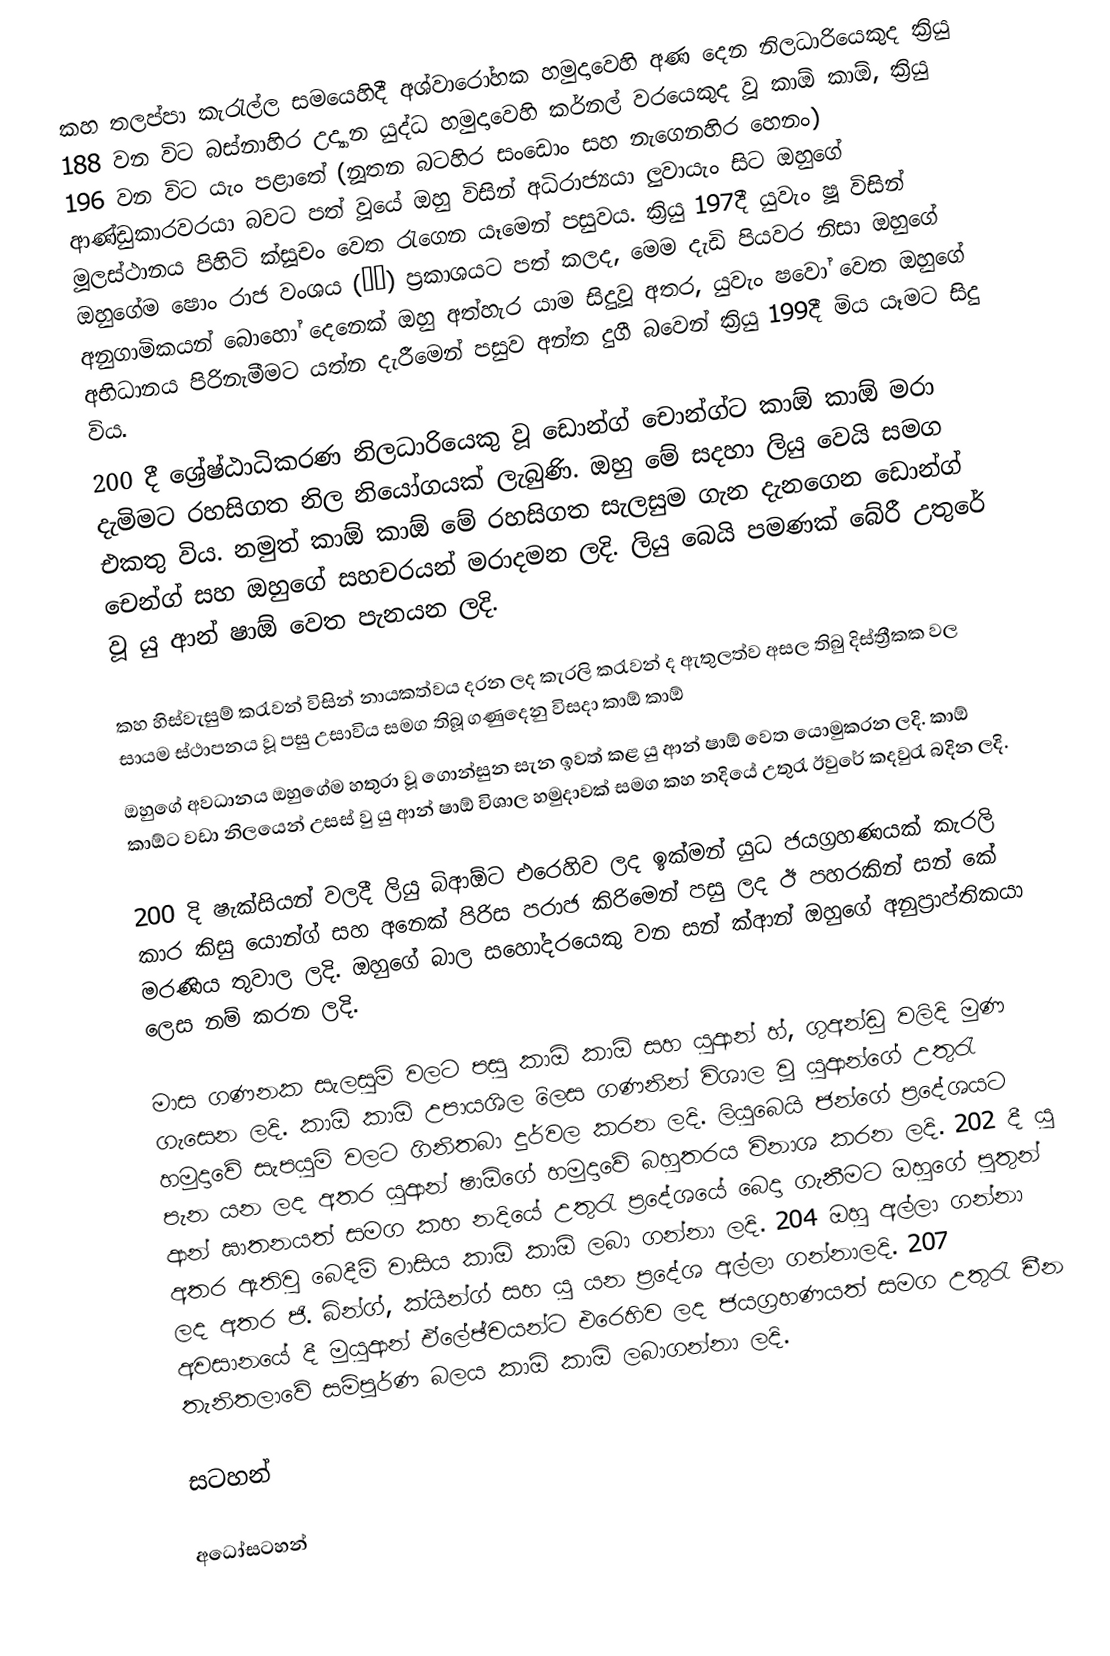
කහ තලප්පා කැරැල්ල සමයෙහිදී අශ්වාරෝහක හමුදාවෙහි අණ දෙන නිලධාරියෙකුද ක්‍රියු 188 වන විට බස්නාහිර උද්‍යාන යුද්ධ හමුදාවෙහි කර්නල් වරයෙකුද වූ කාඕ කාඕ, ක්‍රියු 196 වන විට යැං පළාතේ (නූතන බටහිර සංඩොං සහ නැගෙනහිර හෙනං) ආණ්ඩුකාරවරයා බවට පත් වූයේ ඔහු විසින් අධිරාජ්‍යයා ලුවායැං සිට ඔහුගේ මූලස්ථානය පිහිටි ක්සූචං වෙත රැගෙන යෑමෙන් පසුවය. ක්‍රියු 197දී යුවැං ෂූ විසින් ඔහුගේම ෂොං රාජ වංශය (仲朝) ප්‍රකාශයට පත් කලද, මෙම දැඩි පියවර නිසා ඔහුගේ අනුගාමිකයන් බොහෝ දෙනෙක් ඔහු අත්හැර යාම සිදුවූ අතර, යුවැං ෂවෝ වෙත ඔහුගේ අභිධානය පිරිනැමීමට යත්න දැරීමෙන් පසුව අන්ත දුගී බවෙන් ක්‍රියු 199දී මිය යෑමට සිදු විය.
200 දී ශ්‍රේෂ්ඨාධිකරණ නිලධාරියෙකු වූ ඩොන්ග් චොන්ග්ට කාඕ කාඕ මරා දැමිමට රහසිගත නිල නියෝගයක් ලැබුණි. ඔහු මේ සදහා ලියු වෙයි සමග එකතු විය. නමුත් කාඕ කාඕ මේ රහසිගත සැලසුම ගැන දැනගෙන ඩොන්ග් චෙන්ග් සහ ඔහුගේ සහචරයන් මරාදමන ලදි.  ලියු බෙයි පමණක් බේරී උතුරේ වූ යු ආන් ෂාඕ වෙත පැනයන ලදි.

කහ හිස්වැසුම් කරැවන් විසින් නායකත්වය දරන ලද කැරලි කරැවන් ද ඇතුලත්ව අසල තිබු දිස්ත්‍රීකක වල සායම ස්ථාපනය වූ පසු උසාවිය සමග තිබූ ගණුදෙනු විසදා කාඕ කාඕ
ඔහුගේ අවධානය ඔහුගේම හතුරා  වූ ගොන්සුන සැන ඉවත් කළ යු ආන් ෂාඕ  වෙත යොමුකරන ලදි.  කාඕ කාඕට වඩා නිලයෙන් උසස් වු යු ආන් ෂාඕ විශාල හමුදාවක් සමග කහ නදියේ උතුරැ ඊවුරේ කදවුරැ බදින ලදි.

200 දි ෂැක්සියන් වලදී ලියු බිආඕට එරෙහිව ලද ඉක්මන් යුධ ජයග්‍රහණයක් කැරලි කාර කිසු යොන්ග් සහ අනෙක් පිරිස  පරාජ කිරිමෙන් පසු ලද ඊ පහරකින් සන් කේ මරණිය තුවාල ලදි. ඔහුගේ බාල සහෝදරයෙකු වන සන් ක්ආන් ඔහුගේ අනුප්‍රාප්තිකයා ලෙස නම් කරන ලදි.

මාස ගණනක සැලසුම් වලට පසු කාඕ කාඕ සහ යුආන් හ්, ගුඅන්ඩු වලිදි මුණ ගැසෙන ලදි. කාඕ කාඕ උපායශිල ිලෙස ගණනින් විශාල වූ යුආන්ගේ උතුරැ  හමුදාවේ සැපයුම්  වලට ගිනිතබා දුර්වල කරන ලදි. ලියුබෙයි ජන්ගේ ප්‍රදේශයට පැන යන ලද අතර යුආන් ෂාඕගේ හමුදාවේ බහුතරය විනාශ කරන ලදි.  202 දී යු ආන් ඝාතනයත් සමග කහ නදියේ උතුරැ ‍ප්‍ර‍දේශයේ බෙදා ගැනීමට ඔහුගේ පුතුන් අතර ඇතිවු බෙදීම් වාසිය කාඕ කාඕ ලබා ගන්නා ලදි. 204 ඔහු අල්ලා ගන්නා ලද අතර ජි. බින්ග්, ක්යින්ග් සහ යු යන ප්‍රදේශ අල්ලා ගන්නාලදි. 207 අවසානයේ දී මුයුආන් ඒලේඡ්චයන්ට එරෙහිව ලද ජයග්‍රහණයත් සමග උතුරැ චීන තැනිතලාවේ සම්පූර්ණ බලය කාඕ කාඕ ලබාගන්නා ලදි.

සටහන්

අධෝසටහන්